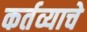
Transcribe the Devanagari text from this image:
कर्तव्याचे